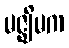
မဇ္ဈိမက